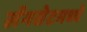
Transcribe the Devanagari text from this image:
लॅनसेटमध्ये